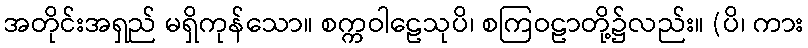
အတိုင်းအရှည် မရှိကုန်သော။ စက္ကဝါဠေသုပိ၊ စကြဝဠာတို့၌လည်း။ (ပိ၊ ကား